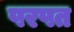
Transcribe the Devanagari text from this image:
परपत